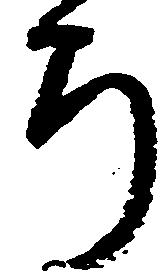
ち